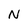
Character: N